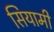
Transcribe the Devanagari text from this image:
सियामी